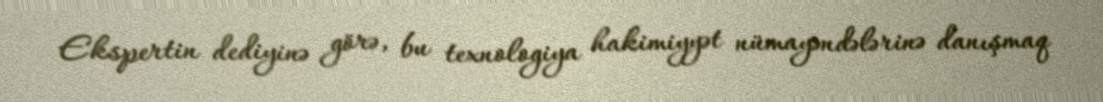
Ekspertin dediyinə görə, bu texnologiya hakimiyyət nümayəndələrinə danışmaq